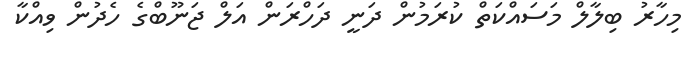
މިހާރު ބިލާލް މަސައްކަތް ކުރަމުން ދަނީ ދަހްރަން އަލް ޖަނޫބްގެ ހެދުން ވިއްކާ